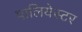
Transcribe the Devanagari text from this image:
पालियेस्टर